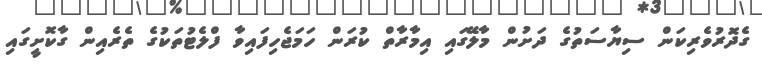
ގެދޮރުވެރިކަން ސިޔާސަތުގެ ދަށުން މާލޭގައި އިމާރާތް ކުރަން ހަމަޖެހިފައިވާ ފްލެޓުތަކުގެ ތެރެއިން ގާކޮށީގައި